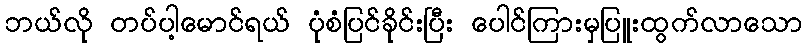
ဘယ်လို တပ်ပါ့မောင်ရယ် ပုံစံပြင်ခိုင်းပြီး ပေါင်ကြားမှပြူးထွက်လာသော